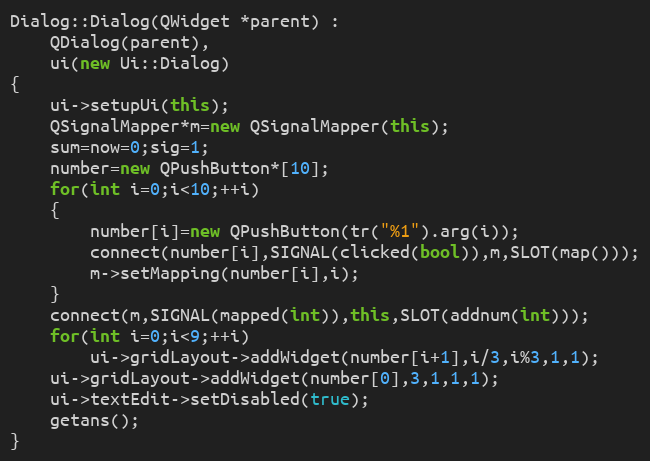
Language: C++
Dialog::Dialog(QWidget *parent) :
    QDialog(parent),
    ui(new Ui::Dialog)
{
    ui->setupUi(this);
    QSignalMapper*m=new QSignalMapper(this);
    sum=now=0;sig=1;
    number=new QPushButton*[10];
    for(int i=0;i<10;++i)
    {
        number[i]=new QPushButton(tr("%1").arg(i));
        connect(number[i],SIGNAL(clicked(bool)),m,SLOT(map()));
        m->setMapping(number[i],i);
    }
    connect(m,SIGNAL(mapped(int)),this,SLOT(addnum(int)));
    for(int i=0;i<9;++i)
        ui->gridLayout->addWidget(number[i+1],i/3,i%3,1,1);
    ui->gridLayout->addWidget(number[0],3,1,1,1);
    ui->textEdit->setDisabled(true);
    getans();
}